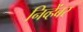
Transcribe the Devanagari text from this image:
निव्हेंबर